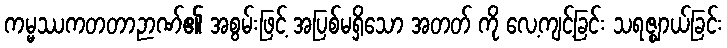
ကမ္မဿကတတာဉာဏ်၏ အစွမ်းဖြင့် အပြစ်မရှိသော အတတ် ကို လေ့ကျင့်ခြင်း သရဇ္ဈာယ်ခြင်း